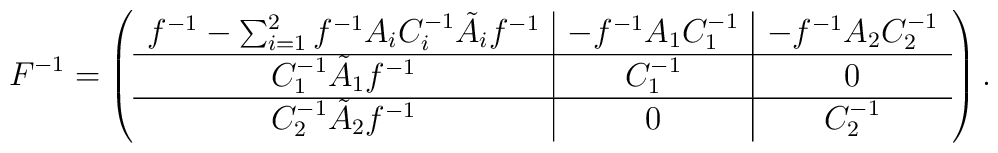
F^{-1} = \left( \begin{array}{c|c|c}f^{-1}-\sum_{i=1}^{2} f^{-1}A_i C^{-1}_i \tilde{A}_i f^{-1} & -f^{-1} A_1 C^{-1}_1& -f^{-1}A_2C^{-1}_2 \\ \hline C^{-1}_1 \tilde{A}_1 f^{-1} & C^{-1}_1& 0\\\hline C^{-1}_2 \tilde{A}_2 f^{-1} & 0 & C^{-1}_2\end{array} \right).